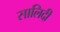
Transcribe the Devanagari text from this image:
सालिदी